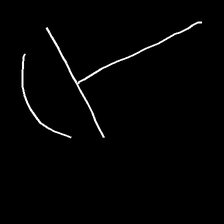
Glyph: dispersion